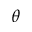
\theta